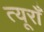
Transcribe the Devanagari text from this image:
त्यूराँ